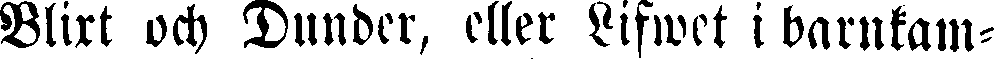
Blixt och Dunder, eller Lifwet i barnkam-